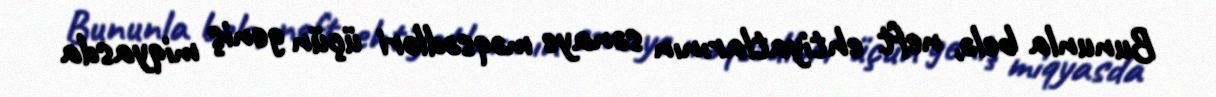
Bununla belə, neft ehtiyatlarının sənaye məqsədləri üçün geniş miqyasda